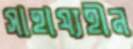
সাহায্যহীন